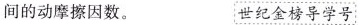
间的动摩擦因数。 世纪金榜导学号